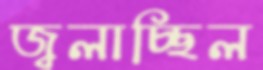
জ্বলাচ্ছিল